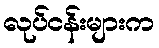
လုပ်ငန်းများက